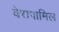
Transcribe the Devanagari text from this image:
वेरापामिल